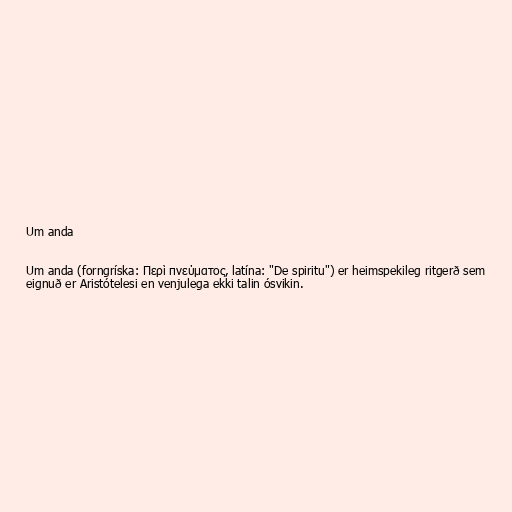
Um anda

Um anda (forngríska: Περὶ πνεύματος, latína: "De spiritu") er heimspekileg ritgerð sem
eignuð er Aristótelesi en venjulega ekki talin ósvikin.